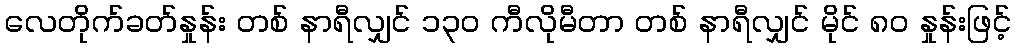
လေတိုက်ခတ်နှုန်း တစ် နာရီလျှင် ၁၃၀ ကီလိုမီတာ တစ် နာရီလျှင် မိုင် ၈၀ နှုန်းဖြင့်